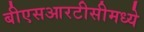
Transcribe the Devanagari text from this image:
बीएसआरटीसीमध्ये